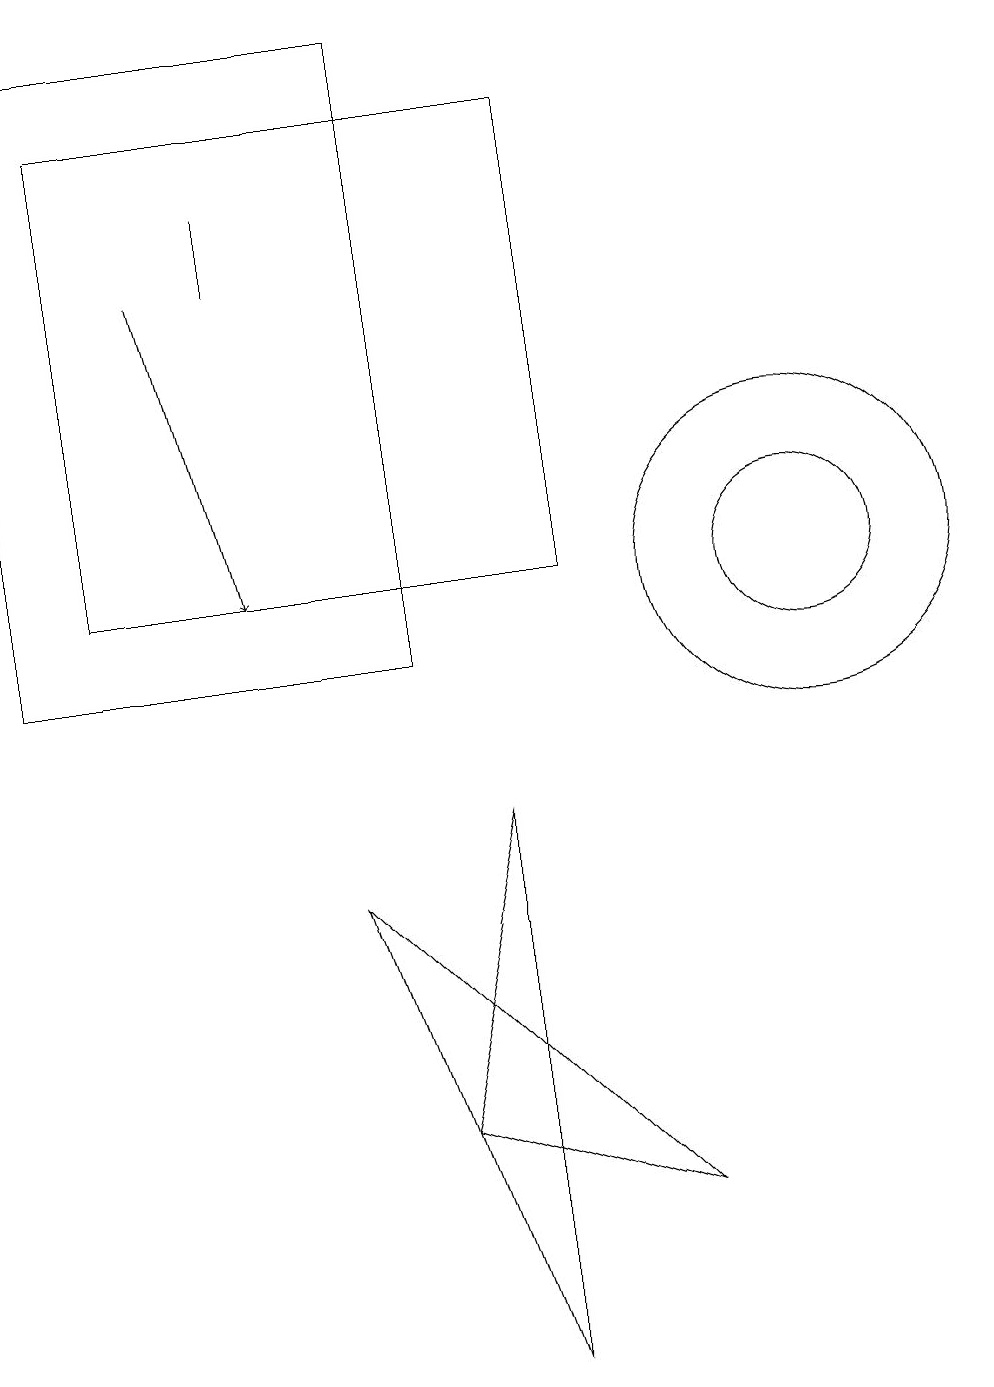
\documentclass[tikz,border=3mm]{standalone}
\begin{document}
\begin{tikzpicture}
\draw (6,4) -- (5,7) -- (9,3) -- cycle;
\draw[->] (3,15) -- (4,11);
\draw (7,1) -- (7,8) -- (6,4) -- cycle;
\draw (6,18) rectangle (1,10);
\draw (11,11) circle (1);
\draw (2,11) rectangle (8,17);
\draw (11,11) circle (2);
\draw (4,16) rectangle (4,15);
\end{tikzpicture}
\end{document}